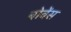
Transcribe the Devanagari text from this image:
बोवेंस